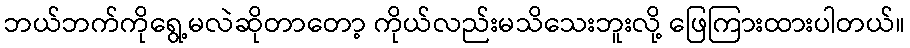
ဘယ်ဘက်ကိုရွေ့မလဲဆိုတာတော့ ကိုယ်လည်းမသိသေးဘူးလို့ ဖြေကြားထားပါတယ်။